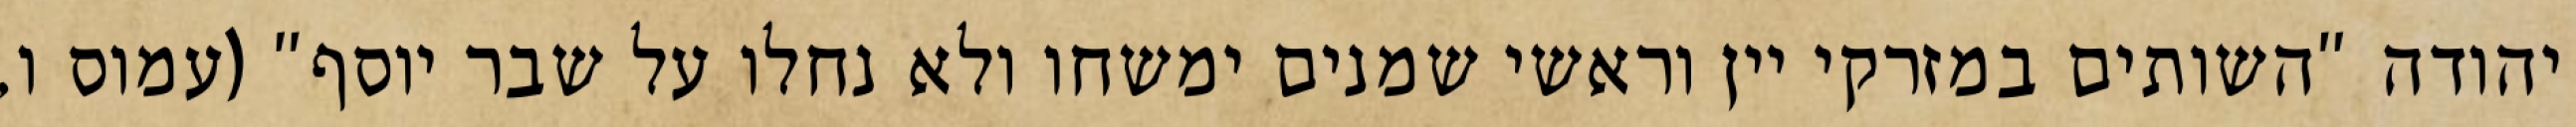
יהודה "השותים במזרקי יין וראשי‏ שמנים ימשחו ולא נחלו על שבר יוסף" (עמוס ו,